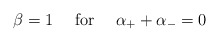
\begin{align*}\beta=1\quad\mbox{ for }\quad \alpha_{+}+\alpha_{-}=0\end{align*}